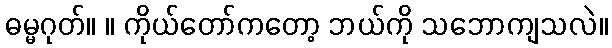
ဓမ္မဂုတ်။ ။ ကိုယ်တော်ကတော့ ဘယ်ကို သဘောကျသလဲ။